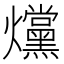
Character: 爣